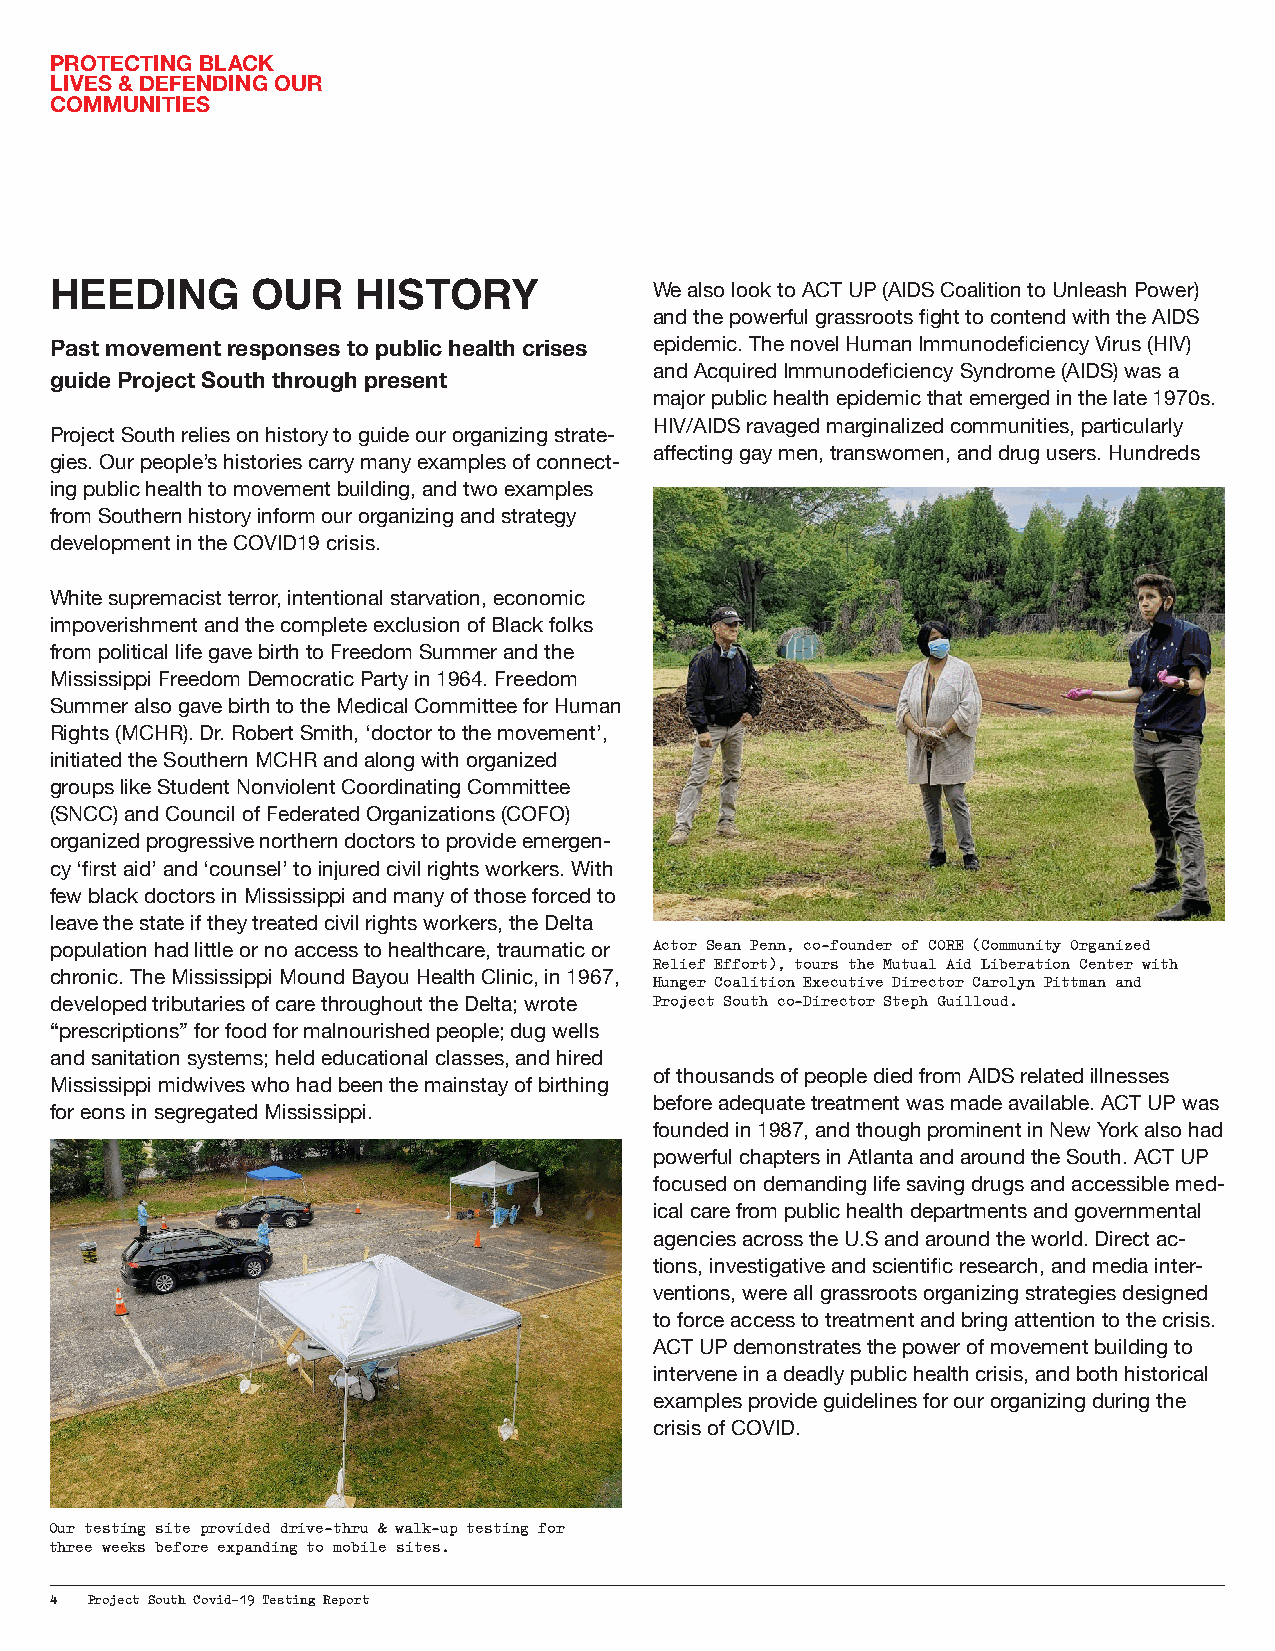
PROTECTING BLACK
 LIVES & DEFENDING OUR
 COMMUNITIES
 HEEDING       OUR    HISTORY            We also look to ACT UP (AIDS Coalition to Unleash Power)
 and the powerful grassroots fight to contend with the AIDS
 Past movement responses to public health crises epidemic. The novel Human Immunodeficiency Virus (HIV)
 and Acquired Immunodeficiency Syndrome (AIDS) was a
 guide Project South through present
 major public health epidemic that emerged in the late 1970s.
 HIV/AIDS ravaged marginalized communities, particularly
 Project South relies on history to guide our organizing strate-
 affecting gay men, transwomen, and drug users. Hundreds
 gies. Our people’s histories carry many examples of connect-
 ing public health to movement building, and two examples
 from Southern history inform our organizing and strategy
 development in the COVID19 crisis.
 White supremacist terror, intentional starvation, economic
 impoverishment and the complete exclusion of Black folks
 from political life gave birth to Freedom Summer and the
 Mississippi Freedom Democratic Party in 1964. Freedom
 Summer also gave birth to the Medical Committee for Human
 Rights (MCHR). Dr. Robert Smith, ‘doctor to the movement’,
 initiated the Southern MCHR and along with organized
 groups like Student Nonviolent Coordinating Committee
 (SNCC) and Council of Federated Organizations (COFO)
 organized progressive northern doctors to provide emergen-
 cy ‘first aid’ and ‘counsel’ to injured civil rights workers. With
 few black doctors in Mississippi and many of those forced to
 leave the state if they treated civil rights workers, the Delta
 Actor Sean Penn, co-founder of CORE (Community Organized
 population had little or no access to healthcare, traumatic or
 Relief Effort), tours the Mutual Aid Liberation Center with
 chronic. The Mississippi Mound Bayou Health Clinic, in 1967, Hunger Coalition Executive Director Carolyn Pittman and
 developed tributaries of care throughout the Delta; wrote Project South co-Director Steph Guilloud.
 “prescriptions” for food for malnourished people; dug wells
 and sanitation systems; held educational classes, and hired
 of thousands of people died from AIDS related illnesses
 Mississippi midwives who had been the mainstay of birthing
 before adequate treatment was made available. ACT UP was
 for eons in segregated Mississippi.
 founded in 1987, and though prominent in New York also had
 powerful chapters in Atlanta and around the South. ACT UP
 focused on demanding life saving drugs and accessible med-
 ical care from public health departments and governmental
 agencies across the U.S and around the world. Direct ac-
 tions, investigative and scientific research, and media inter-
 ventions, were all grassroots organizing strategies designed
 to force access to treatment and bring attention to the crisis.
 ACT UP demonstrates the power of movement building to
 intervene in a deadly public health crisis, and both historical
 examples provide guidelines for our organizing during the
 crisis of COVID.
 Our testing site provided drive-thru & walk-up testing for
 three weeks before expanding to mobile sites.
 4  Project South Covid-19 Testing Report